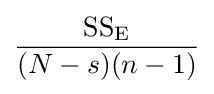
{\dfrac {{\text{SS}}_{\text{E}}}{(N-s)(n-1)}}